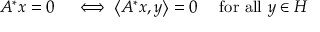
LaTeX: \begin{array} { r l } { A ^ { * } x = 0 } & { { } \iff \left\langle A ^ { * } x , y \right\rangle = 0 \quad { \mathrm { ~ f o r ~ a l l ~ } } y \in H } \end{array}